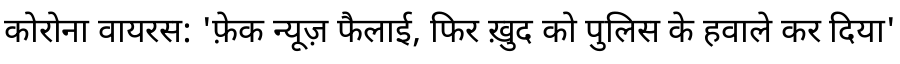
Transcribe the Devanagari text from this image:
कोरोना वायरस: 'फ़ेक न्यूज़ फैलाई, फिर ख़ुद को पुलिस के हवाले कर दिया'